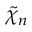
\tilde { \chi } _ { n }